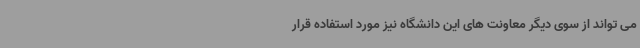
می تواند از سوی دیگر معاونت های این دانشگاه نیز مورد استفاده قرار